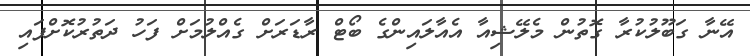
އޭނާ ގަބޫލުކުރާ ގޮތުން މެލޭޝިއާ އެއާލައިންގެ ބޯޓް ރާޑަރަށް ގެއްލުމަށް ފަހު ދަތުރުކޮށްފައި